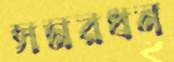
সমরধন